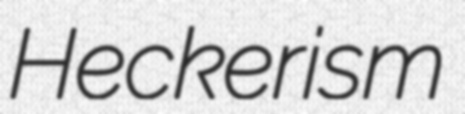
Heckerism